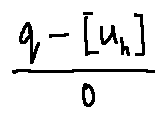
\frac { q - [ u _ { h } ] } { 0 }